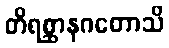
တိရစ္ဆာနဂတောသိ